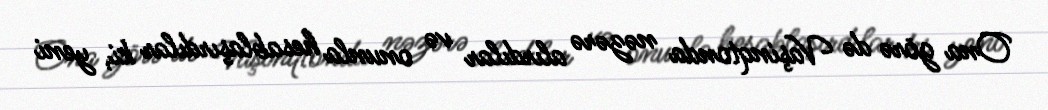
Ona görə də Vaşinqtonda nəzərə alırdılar və onunla hesablaşırdılar ki, yeni